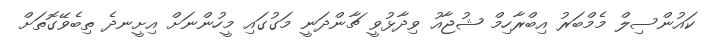
ކައުންސިލް މެމްބަރު އިބްރާހިމް ޝުޖާއު ވިދާޅުވީ ޗާންދަނީ މަގުގައި މީހުންނަށް އިށީނދެ ތިބެވޭގޮތަށް